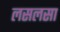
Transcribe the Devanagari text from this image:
लसलसा